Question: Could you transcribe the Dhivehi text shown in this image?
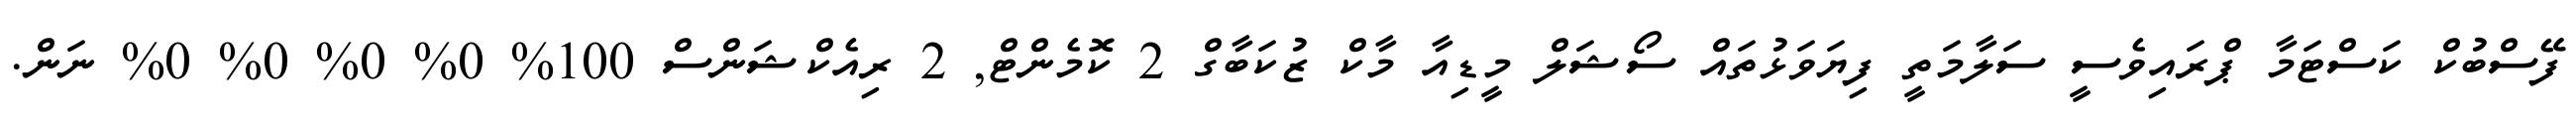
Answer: ފޭސްބުކް ކަސްޓަމާ ޕްރައިވެސީ ސަލާމަތީ ފިޔަވަޅުތައް ސޯޝަލް މީޑިއާ މާކް ޒުކަބާގް 2 ކޮމެންޓް, 2 ރިއެކްޝަންސް 100% 0% 0% 0% 0% ނަން.